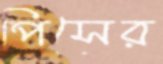
পিসের